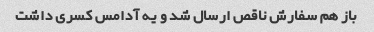
باز هم سفارش ناقص ارسال شد و یه آدامس کسری داشت